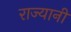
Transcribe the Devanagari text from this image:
राज्यानी